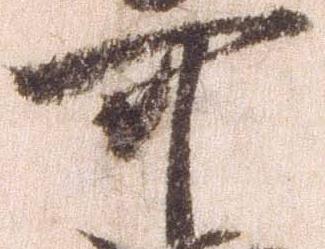
可